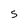
Character: 5